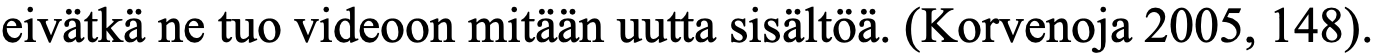
eivätkä ne tuo videoon mitään uutta sisältöä. (Korvenoja 2005, 148).